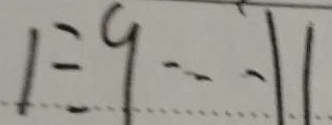
1 \div 9 \cdots 1